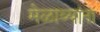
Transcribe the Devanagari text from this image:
मेळाव्यांना